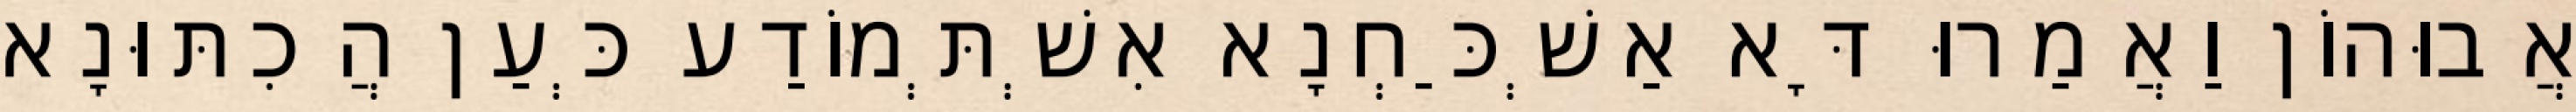
אֲבוּהוֹן וַאֲמַרוּ דָּא אַשְׁכַּחְנָא אִשְׁתְּמוֹדַע כְּעַן הֲכִתּוּנָא